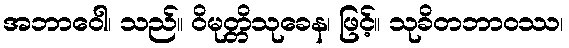
အဘာဝေါ၊ သည်။ ဝိမုတ္တိသုခေန၊ ဖြင့်။ သုခိတဘာဝဿ၊